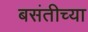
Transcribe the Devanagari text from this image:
बसंतीच्या